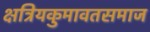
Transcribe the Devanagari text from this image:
क्षत्रियकुमावतसमाज